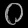
Digit: ၀